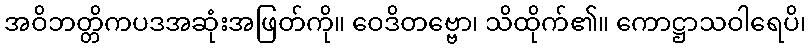
အဝိဘတ္တိကပဒအဆုံးအဖြတ်ကို။ ဝေဒိတဗ္ဗော၊ သိထိုက်၏။ ကောဋ္ဌာသဝါရေပိ၊